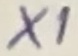
Text: X1